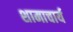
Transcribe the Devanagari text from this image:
शामाचार्य